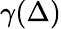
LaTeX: \gamma(\Delta)